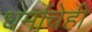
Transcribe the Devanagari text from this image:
धर्माचेही